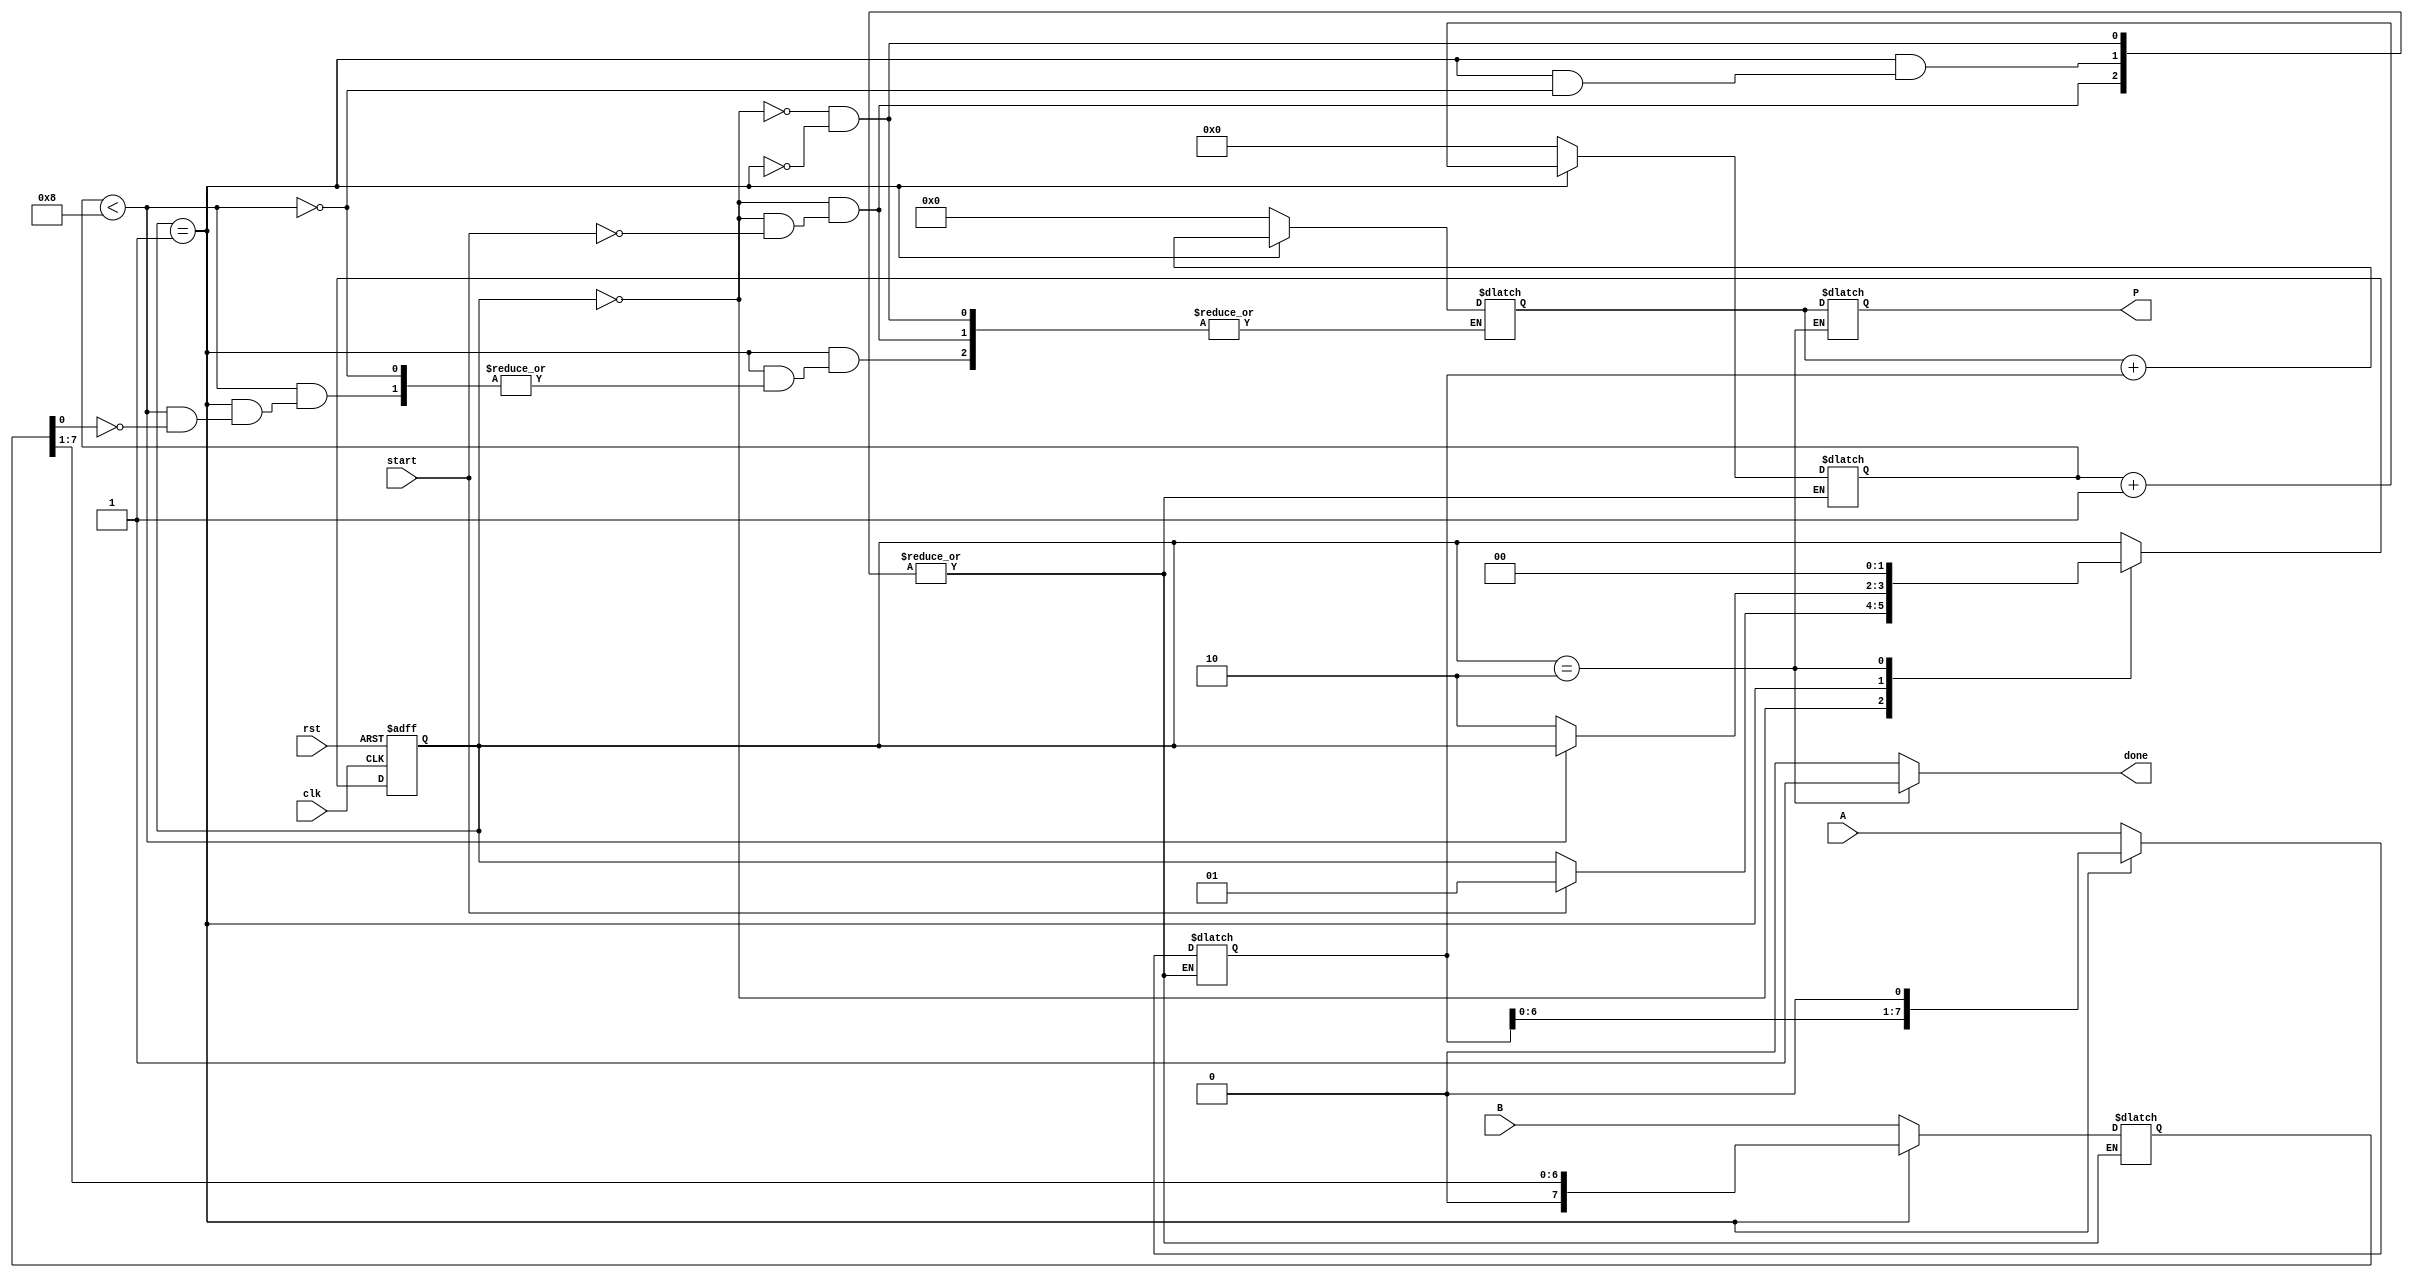
module radix2_multiplier #(
    parameter N = 8 // Width of input numbers
)(
    input wire [N-1:0] A, // Multiplicand
    input wire [N-1:0] B, // Multiplier
    input wire start,      // Control signal to start multiplication
    input wire clk,        // Clock signal
    input wire rst,        // Reset signal
    output reg [2*N-1:0] P, // Product output
    output reg done        // Signal to indicate multiplication is done
);

    reg [N-1:0] multiplicand; // Register for the multiplicand
    reg [N-1:0] multiplier;    // Register for the multiplier
    reg [2*N-1:0] product;     // Register for the product
    reg [3:0] count;           // Counter for the number of bits processed

    // State encoding
    localparam IDLE = 2'b00,
               SHIFT_ADD = 2'b01,
               DONE = 2'b10;

    reg [1:0] state, next_state;

    // Sequential logic for state transitions
    always @(posedge clk or posedge rst) begin
        if (rst) begin
            state <= IDLE;
        end else begin
            state <= next_state;
        end
    end

    // Combinational logic for next state and output logic
    always @(*) begin
        next_state = state;
        done = 0;

        case (state)
            IDLE: begin
                if (start) begin
                    multiplicand = A;
                    multiplier = B;
                    product = 0;
                    count = 0;
                    next_state = SHIFT_ADD;
                end
            end
            SHIFT_ADD: begin
                if (count < N) begin
                    if (multiplier[0]) begin
                        product = product + multiplicand; // Add multiplicand to product
                    end
                    // Shift left multiplicand and right multiplier
                    multiplicand = multiplicand << 1;
                    multiplier = multiplier >> 1;
                    count = count + 1;
                end else begin
                    next_state = DONE;
                end
            end
            DONE: begin
                P = product; // Assign final product to output
                done = 1;    // Signal that multiplication is done
                next_state = IDLE; // Go back to IDLE state
            end
        endcase
    end

endmodule